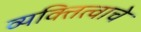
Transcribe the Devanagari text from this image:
व्यक्तित्वाचे